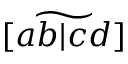
\widetilde { [ a b | c d ] }